Indian journal of veterinary science and animal husbandry - Volume 7,
Year: 1937
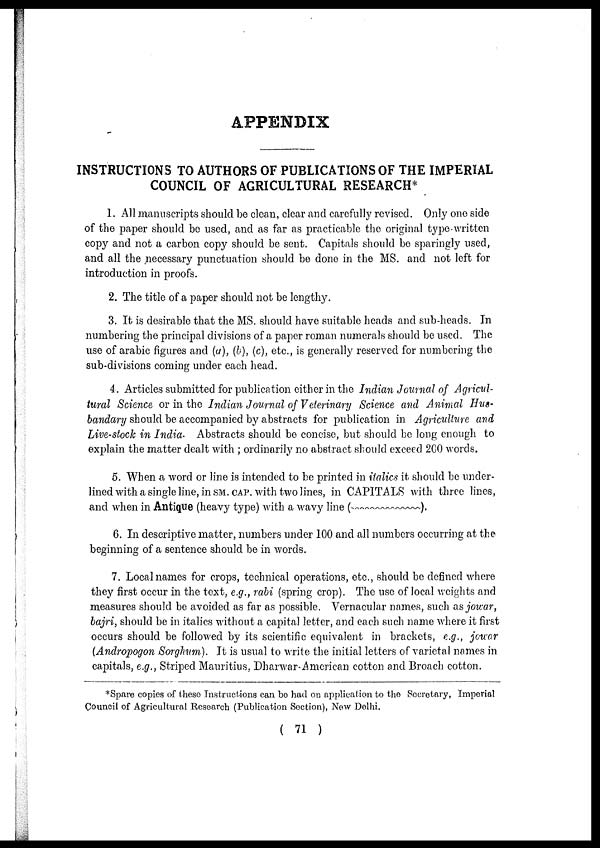
APPENDIX
INSTRUCTIONS TO AUTHORS OF PUBLICATIONS OF THE IMPERIAL
COUNCIL OF AGRICULTURAL RESEARCH*
1. All manuscripts should be clean, clear and carefully revised. Only one side
of the paper should be used, and as far as practicable the original type-written
copy and not a carbon copy should be sent. Capitals should be sparingly used,
and all the necessary punctuation should be done in the MS. and not left for
introduction in proofs.
2. The title of a paper should not be lengthy.
3. It is desirable that the MS. should have suitable heads and sub-heads. In
numbering the principal divisions of a paper roman numerals should be used. The
use of arabic figures and (a), (b), (c), etc., is generally reserved for numbering the
sub-divisions coming under each head.
4. Articles submitted for publication either in the Indian Journal of Agricul-
tural Science or in the Indian Journal of Veterinary Science and Animal Hus¬
bandary should be accompanied by abstracts for publication in Agriculture and
Live-stock in India. Abstracts should be concise, but should be long enough to
explain the matter dealt with ; ordinarily no abstract should exceed 200 words.
5. When a word or line is intended to be printed in italics it should be under-
lined with a single line, in SM. CAP. with two lines, in CAPITALS with three lines,
and when in Antique (heavy type) with a wavy line (~~~~~~~~~).
6. In descriptive matter, numbers under 100 and all numbers occurring at the
beginning of a sentence should be in words.
7. Local names for crops, technical operations, etc., should be defined where
they first occur in the text, e.g., rabi (spring crop). The use of local weights and
measures should be avoided as far as possible. Vernacular names, such as jowar,
bajri, should be in italics without a capital letter, and each such name where it first
occurs should be followed by its scientific equivalent in brackets, e.g., jowar
(Andropogon Sorghum). It is usual to write the initial letters of varietal names in
capitals, e.g., Striped Mauritius, Dharwar-American cotton and Broach cotton.
*Spare copies of these Instructions can be had on application to the Secretary, Imperial
Council of Agricultural Research (Publication Section), New Delhi.
( 71 )